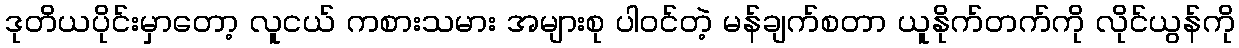
ဒုတိယပိုင်းမှာတော့ လူငယ် ကစားသမား အများစု ပါဝင်တဲ့ မန်ချက်စတာ ယူနိုက်တက်ကို လိုင်ယွန်ကို